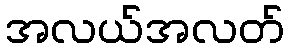
အလယ်အလတ်